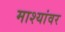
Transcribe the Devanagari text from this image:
माश्यांवर